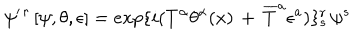
\psi ^ { \prime \, r \, } [ \psi , \theta , \epsilon ] = e x p \{ i ( T ^ { \alpha } \theta ^ { \alpha } ( x ) \, + \, { \overline { { T } } } ^ { a } \epsilon ^ { a } ) \} _ { s } ^ { r } \, \psi ^ { s }